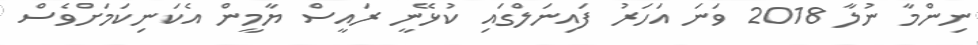
ނިންމާ ނުލާ 2018 ވަނަ އަހަރު ފައިނަލްގައި ކުޅޭނީ ރައީސް ޔާމީން އެކަނިކަމަށްވެސް